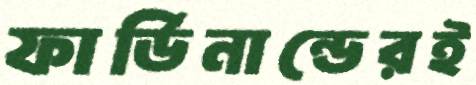
ফার্ডিনান্ডেরই